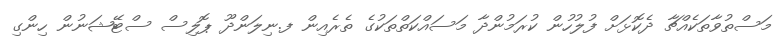
މަސްތުވާތަކެއްޗާ ދެކޮޅަށް ފުލުހުން ކުރަމުންދާ މަސައްކަތްތަކުގެ ތެރެއިން ފ.ނިލަންދޫ ޕޮލިސް ސްޓޭޝަނުން ހިންގި